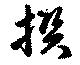
撰